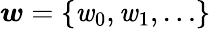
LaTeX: \boldsymbol{\mathit{w}}=\{ \mathit{w}_{0},\mathit{w}_{1},\ldots\}